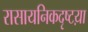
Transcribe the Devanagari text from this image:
रासायनिकदृष्टय़ा